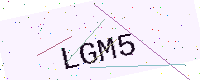
Text: LGM5